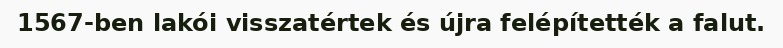
1567-ben lakói visszatértek és újra felépítették a falut.